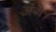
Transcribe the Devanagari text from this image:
अंगे।